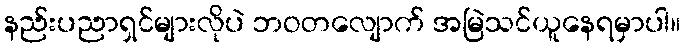
နည်းပညာရှင်များလိုပဲ ဘဝတလျောက် အမြဲသင်ယူနေရမှာပါ။